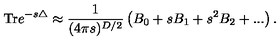
\mathrm { T r } e ^ { - s \triangle } \approx { \frac { 1 } { ( 4 \pi s ) ^ { D / 2 } } } \left( B _ { 0 } + s B _ { 1 } + s ^ { 2 } B _ { 2 } + . . . \right) .